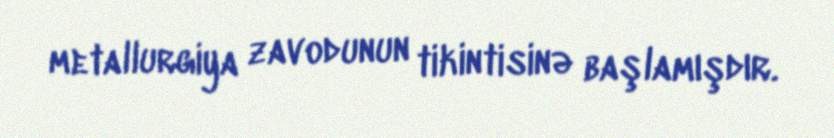
metallurgiya zavodunun tikintisinə başlamışdır.